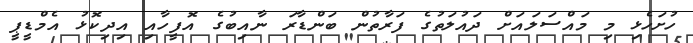
ހުށަހެޅި މި މައްސަލައަށް ދައުލަތުގެ ފަރާތުން ބަންޑާރަ ނާއިބުގެ އޮފީހާއި އިދިކޮޅު އެމްޑީޕީ